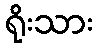
ရိုးသား